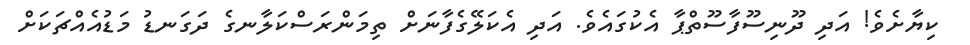
ކިޔާށެވެ! އަދި ދޫނިސޫފާސޫތްޕާ އެކުގައެވެ. އަދި އެކަލޭގެފާނަށް ތިމަންރަސްކަލާނގެ ދަގަނޑު މަޑުއެއްޗަކަށް